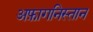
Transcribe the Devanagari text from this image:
अफ़ागनिस्तान